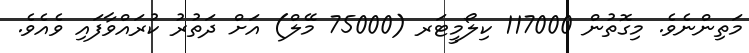
މަތިންނެވެ. މިގޮތުން 117000 ކިލޯމީޓަރ (75000 މޭލް) އަށް ދަތުރު ކުރައްވާފައި ވެއެވެ.